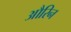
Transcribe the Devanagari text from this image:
औरिन